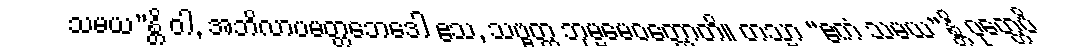
သမယ”န္တိ ဝါ, အဘိလာပမတ္တဘေဒေါ ဧသ, သဗ္ဗတ္ထ ဘုမ္မမေဝတ္ထောတိ။ တသ္မာ “ဧကံ သမယ”န္တိ ဝုတ္တေပိ